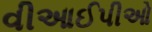
વીઆઈપીઓ